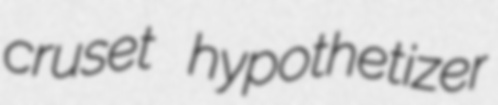
cruset hypothetizer